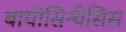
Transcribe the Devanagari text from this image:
बायोसिन्थेसिस